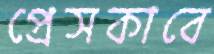
প্রেসকাবে